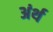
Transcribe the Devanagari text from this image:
अंर्थ